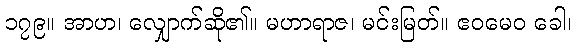
၁၇၉။ အာဟ၊ လျှောက်ဆို၏။ မဟာရာဇ၊ မင်းမြတ်။ ဧဝမေဝ ခေါ၊